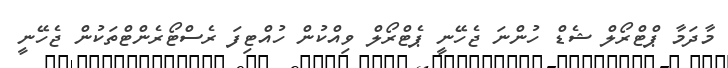
މާދަމާ ޕްޓްރޯލް ޝެޑް ހުންނަ ޖެހޭނީ ޕެޓްރޯލް ވިއްކުން ހުއްޓިފަ ރެސްޓޯރެންޓްތަކުން ޖެހޭނީ